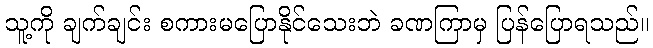
သူ့ကို ချက်ချင်း စကားမပြောနိုင်သေးဘဲ ခဏကြာမှ ပြန်ပြောရသည်။